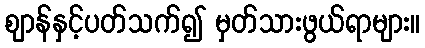
ဈာန်နှင့်ပတ်သက်၍ မှတ်သားဖွယ်ရာများ။